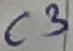
Text: C3